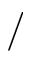
/